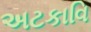
અટકાવિ